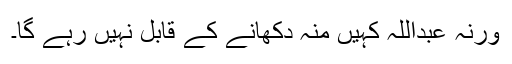
ورنہ عبداللہ کہیں منہ دکھانے کے قابل نہیں رہے گا۔